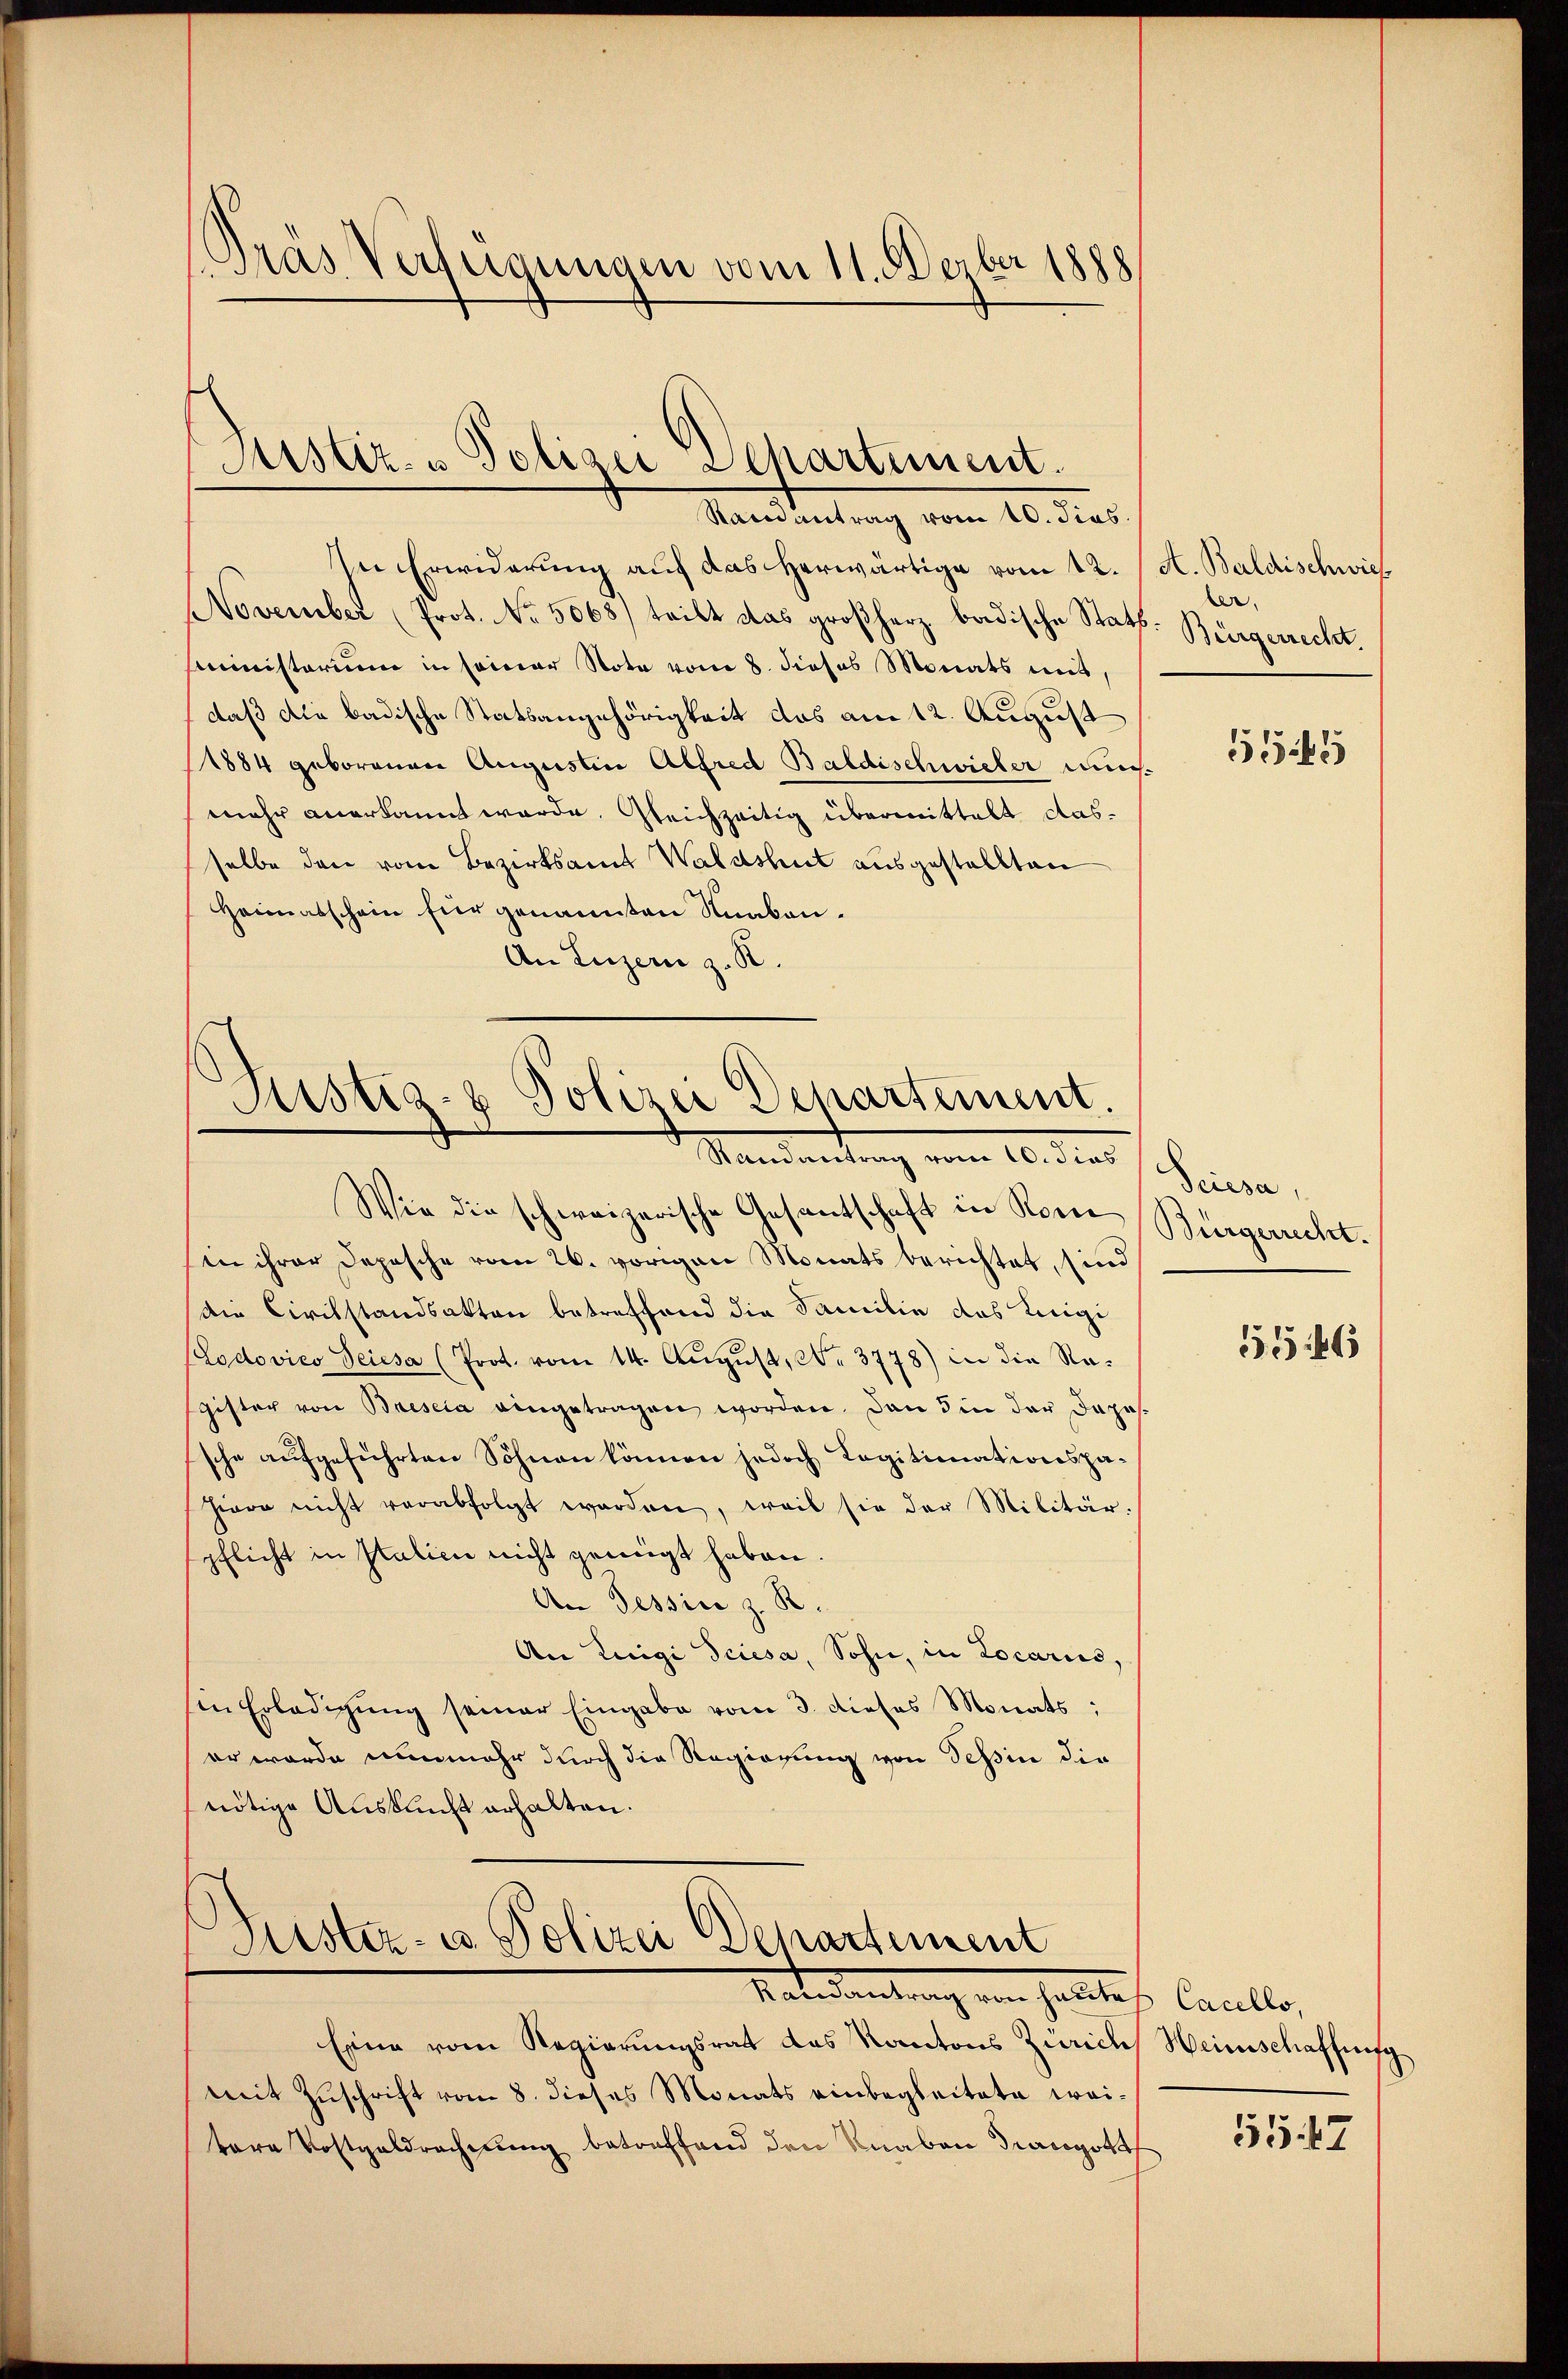
Pras Verfügungen vom 11. Derber 1888

Justiz- u Polizei Departement.
Rainantrag vom 10. dies

In Erwiderung auf das herwärtige vom 12. A. Baldischwies
November (Prot. No. 5068) teilt das großherz badische Statt. Bürgerrecht.
sministorium in seiner Nota vom 8. dieses Monats mit,
daß die badische Statsangehörigkeit das am 12. August
1884 geborenen Augustin Alfred Baldischwieler mus
mehr anerkannt wurde. Gleichzeitig übermittelt dasselbe den vom Bezirksamt Waldshut ausgestellten
Heimatschein für genannten Knaben.
An Luzern z. B.

Sistia- & Polizei Departement.
Mandartung vom 16. die 1. Seinern,

Wie die schweizerische Gesantschaft in Nein Bürgericht.
sin ihrer Depesche vom 26. vorigen Monats berichtet, sind
Die Civilstandsakten betreffend die Familie das Eigi
(Lodovico Seiesa (Prot. vom 14. August, No 3778) in die Ragister von Brescia eingetragen worden. Dann die der dazu
sche aufgeführten Söhnen können jedoch Legitionationspahiera nicht verabfolgt worden, weil sie der Militärspflicht in Italien nicht genügt haben.
An Tessin z. R.
An Luigi Sciesa, Sohn, in Locariis,
sen Erledigŭng seiner Eingabe vom 3. dieses Monats
er werde nunmehr durch die Regierung von Tessin die
nötige Auskunft erhalten.
Prister- u. Polizei Departement

Rat deutung von Haltes Cancelle,

Eine vom Regierungsrat das Kantons Zuricus Heimschaffung
mit Zuschrift vom 8. dieses Monats einbegleitete weitare Kostgeldrachtung betreffend den Knaben drangott

ler.

51545

5546

1547